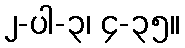
၂-ပါ-၃၊ ၄-၃၅။